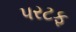
પરટફ